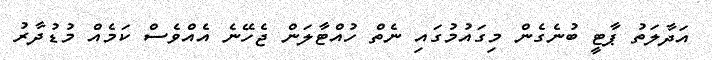
އަދާލަތު ޕާޓީ ބުނެގެން މިގައުމުގައި ނެތް ހުއްޓާލަން ޖެހޭނެ އެއްވެސް ކަމެއް މުޑުދާރު